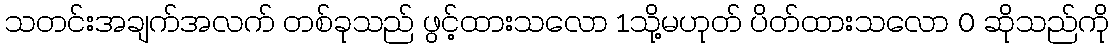
သတင်းအချက်အလက် တစ်ခုသည် ဖွင့်ထားသလော 1သို့မဟုတ် ပိတ်ထားသလော 0 ဆိုသည်ကို